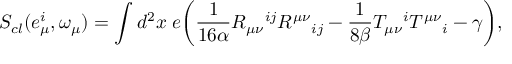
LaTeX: S _ { c l } ( e _ { \mu } ^ { i } , \omega _ { \mu } ) = \int { d ^ { 2 } } x \; e \bigg ( \frac { 1 } { 1 6 \alpha } R _ { \mu \nu } { } ^ { i j } R ^ { \mu \nu } { } _ { i j } - \frac { 1 } { 8 \beta } T _ { \mu \nu } { } ^ { i } T ^ { \mu \nu } { } _ { i } - \gamma \bigg ) ,